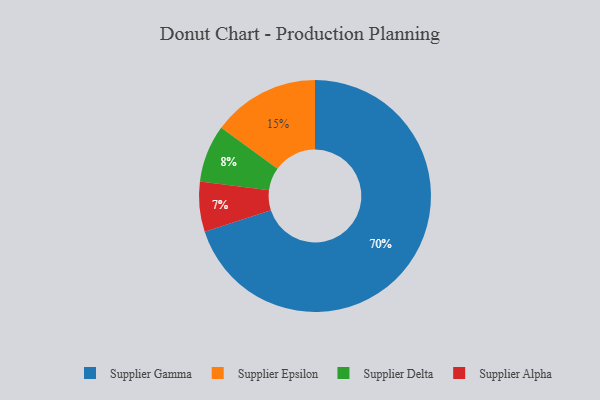
{"axis": {"x": "Category", "y": "Percentage"}, "legend": ["Supplier Alpha", "Supplier Delta", "Supplier Epsilon", "Supplier Gamma"], "data": [{"x": "Supplier Epsilon", "y": 15, "type": "Supplier Epsilon"}, {"x": "Supplier Alpha", "y": 7, "type": "Supplier Alpha"}, {"x": "Supplier Gamma", "y": 70, "type": "Supplier Gamma"}, {"x": "Supplier Delta", "y": 8, "type": "Supplier Delta"}]}